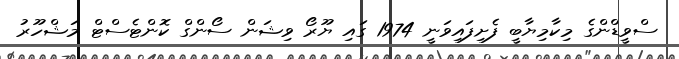
ސްވީޑްންގެ މިކާމިޔާބީ ފެށިފައިވަނީ 1974 ގައި ޔޫރޯ ވިޝަން ސޯންގް ކޮންޓެސްޓް މަޝްހޫރު